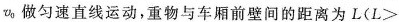
v_{0}做匀速直线运动，重物与车厢前壁间的距离为L($$L >